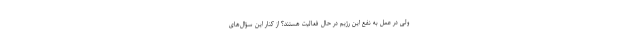
ولی در عمل به نفع این رژیم در حال فعالیت هستند؟ از کنار این سؤال‌های